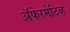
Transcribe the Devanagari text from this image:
ॲफेरमेटिव्ह